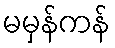
မမှန်ကန်